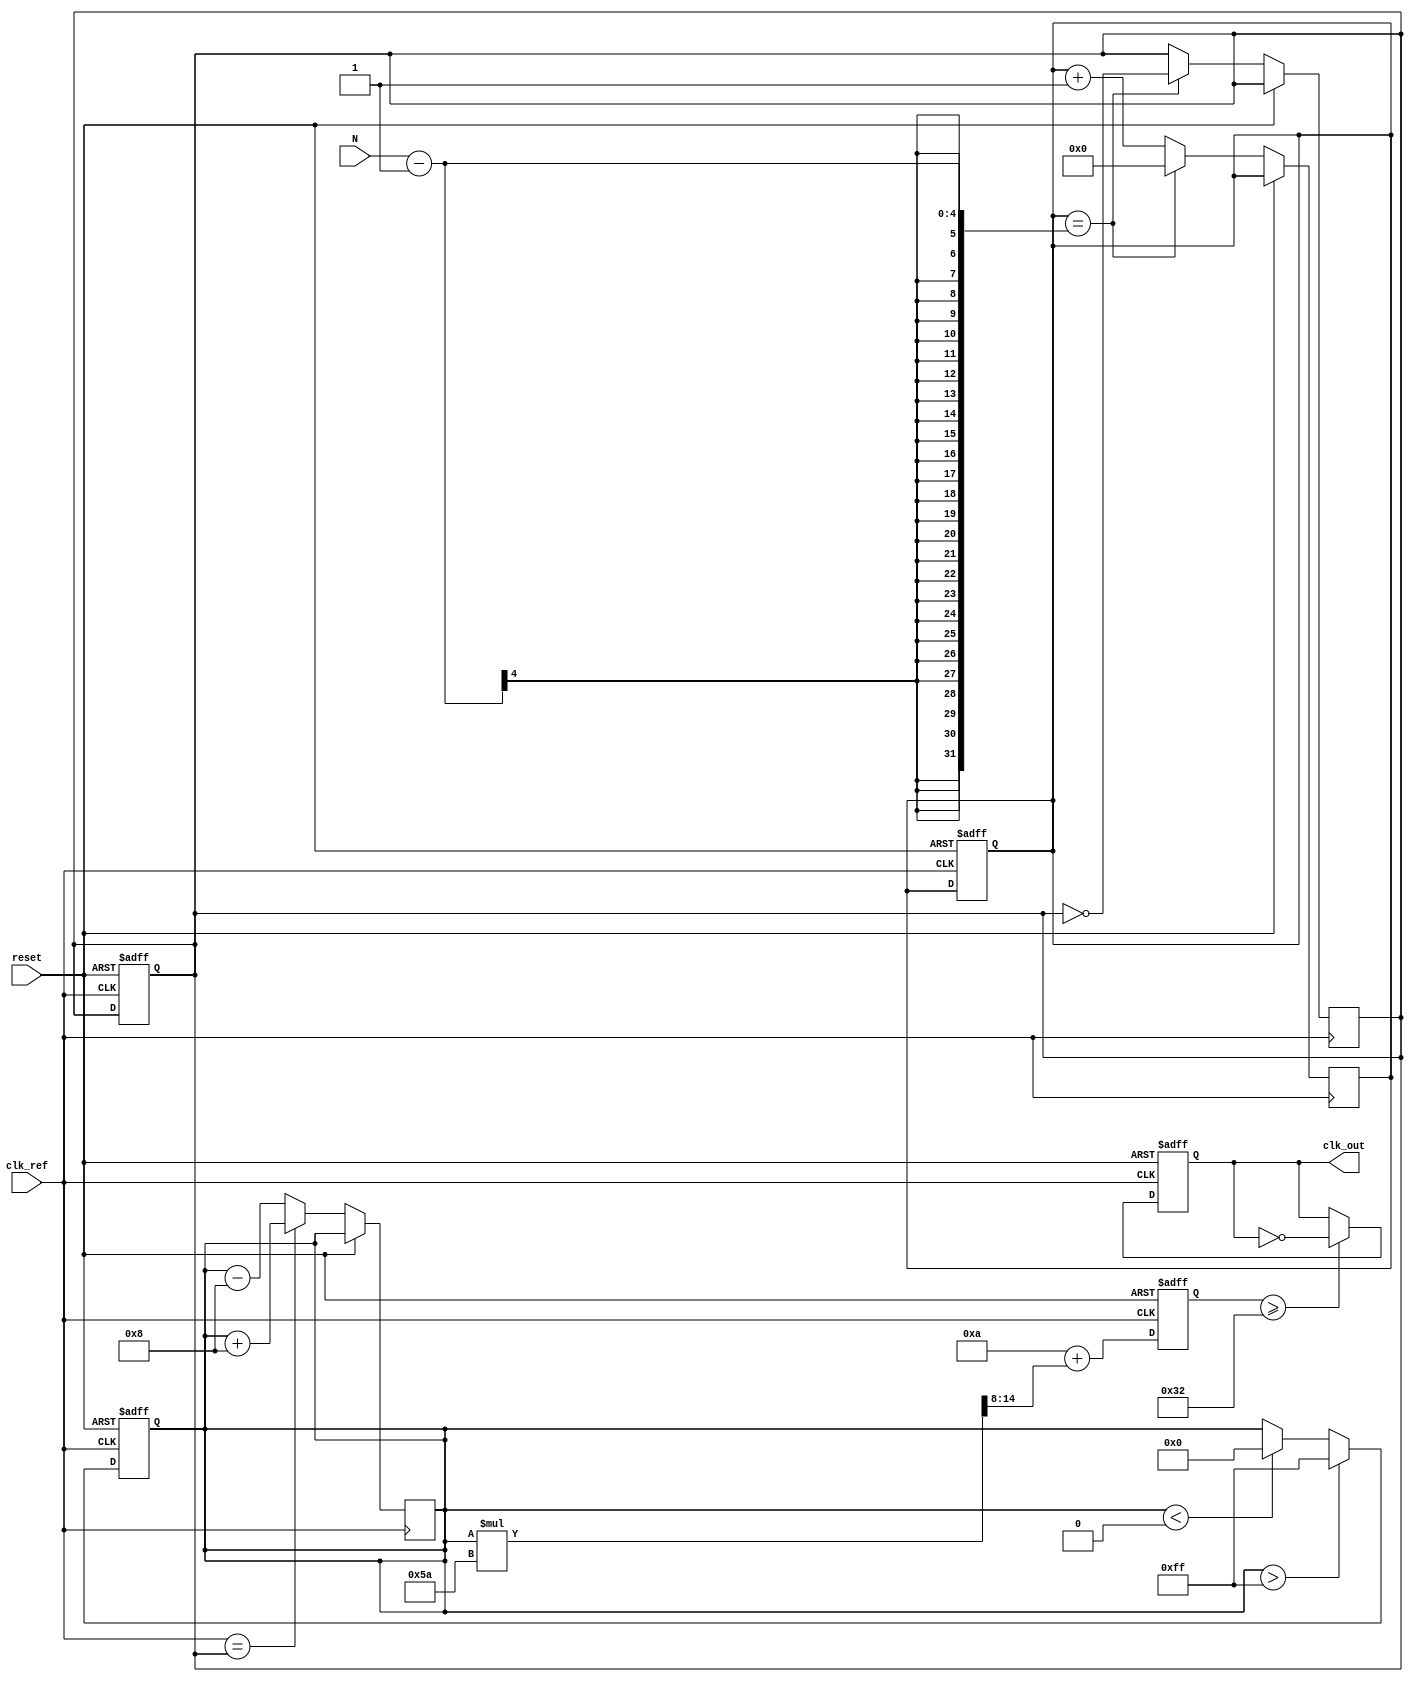
module integer_n_PLL (
    input wire clk_ref,           // Reference clock input
    input wire reset,             // Asynchronous reset
    input wire [3:0] N,           // Division factor
    output reg clk_out            // Output clock
);

// Parameters
parameter N_BITS = 4;            // Number of bits for divider
parameter VCO_MAX_FREQ = 100;    // Max frequency for VCO, in MHz
parameter VCO_MIN_FREQ = 10;      // Min frequency for VCO, in MHz
parameter LOOP_FILTER_CONST = 8;  // Loop filter constant

// Internal signals
reg [N_BITS-1:0] divider_count;   // Counter for feedback divider
reg clk_feedback;                  // Feedback clock
reg [7:0] control_voltage;         // Control voltage for VCO
reg [7:0] vco_output;              // VCO output frequency (represented as a value)

// Phase Detector (PD)
always @(posedge clk_ref or posedge reset) begin
    if (reset) begin
        divider_count <= 0;
        clk_feedback <= 0;
    end else begin
        // Simple phase detection logic
        if (clk_ref == clk_feedback) begin
            // No phase error
            control_voltage <= control_voltage + LOOP_FILTER_CONST; // Increase voltage
        end else begin
            // Phase error detected
            control_voltage <= control_voltage - LOOP_FILTER_CONST; // Decrease voltage
        end
    end
end

// Charge Pump (CP) & Loop Filter (LF)
always @(posedge clk_ref or posedge reset) begin
    if (reset) begin
        control_voltage <= 8'd128; // Start at mid-scale
    end else begin
        // Simple charge pump action based on control voltage limits
        if (control_voltage > 8'd255) begin
            control_voltage <= 8'd255; // Clamp to max
        end else if (control_voltage < 8'd0) begin
            control_voltage <= 8'd0;   // Clamp to min
        end
    end
end

// Voltage-Controlled Oscillator (VCO)
always @(posedge clk_ref or posedge reset) begin
    if (reset) begin
        vco_output <= 8'd0;          // Reset output
        clk_out <= 0;
    end else begin
        // Generate output clock based on control voltage
        vco_output <= VCO_MIN_FREQ + (control_voltage * (VCO_MAX_FREQ - VCO_MIN_FREQ) >> 8);
        if (divider_count == (N - 1)) begin
            clk_feedback <= ~clk_feedback; // Toggle feedback clock
            divider_count <= 0; // Reset counter
        end else begin
            divider_count <= divider_count + 1;
        end
        clk_out <= (vco_output >= 50) ? ~clk_out : clk_out; // Generate output clock signal
    end
end

endmodule